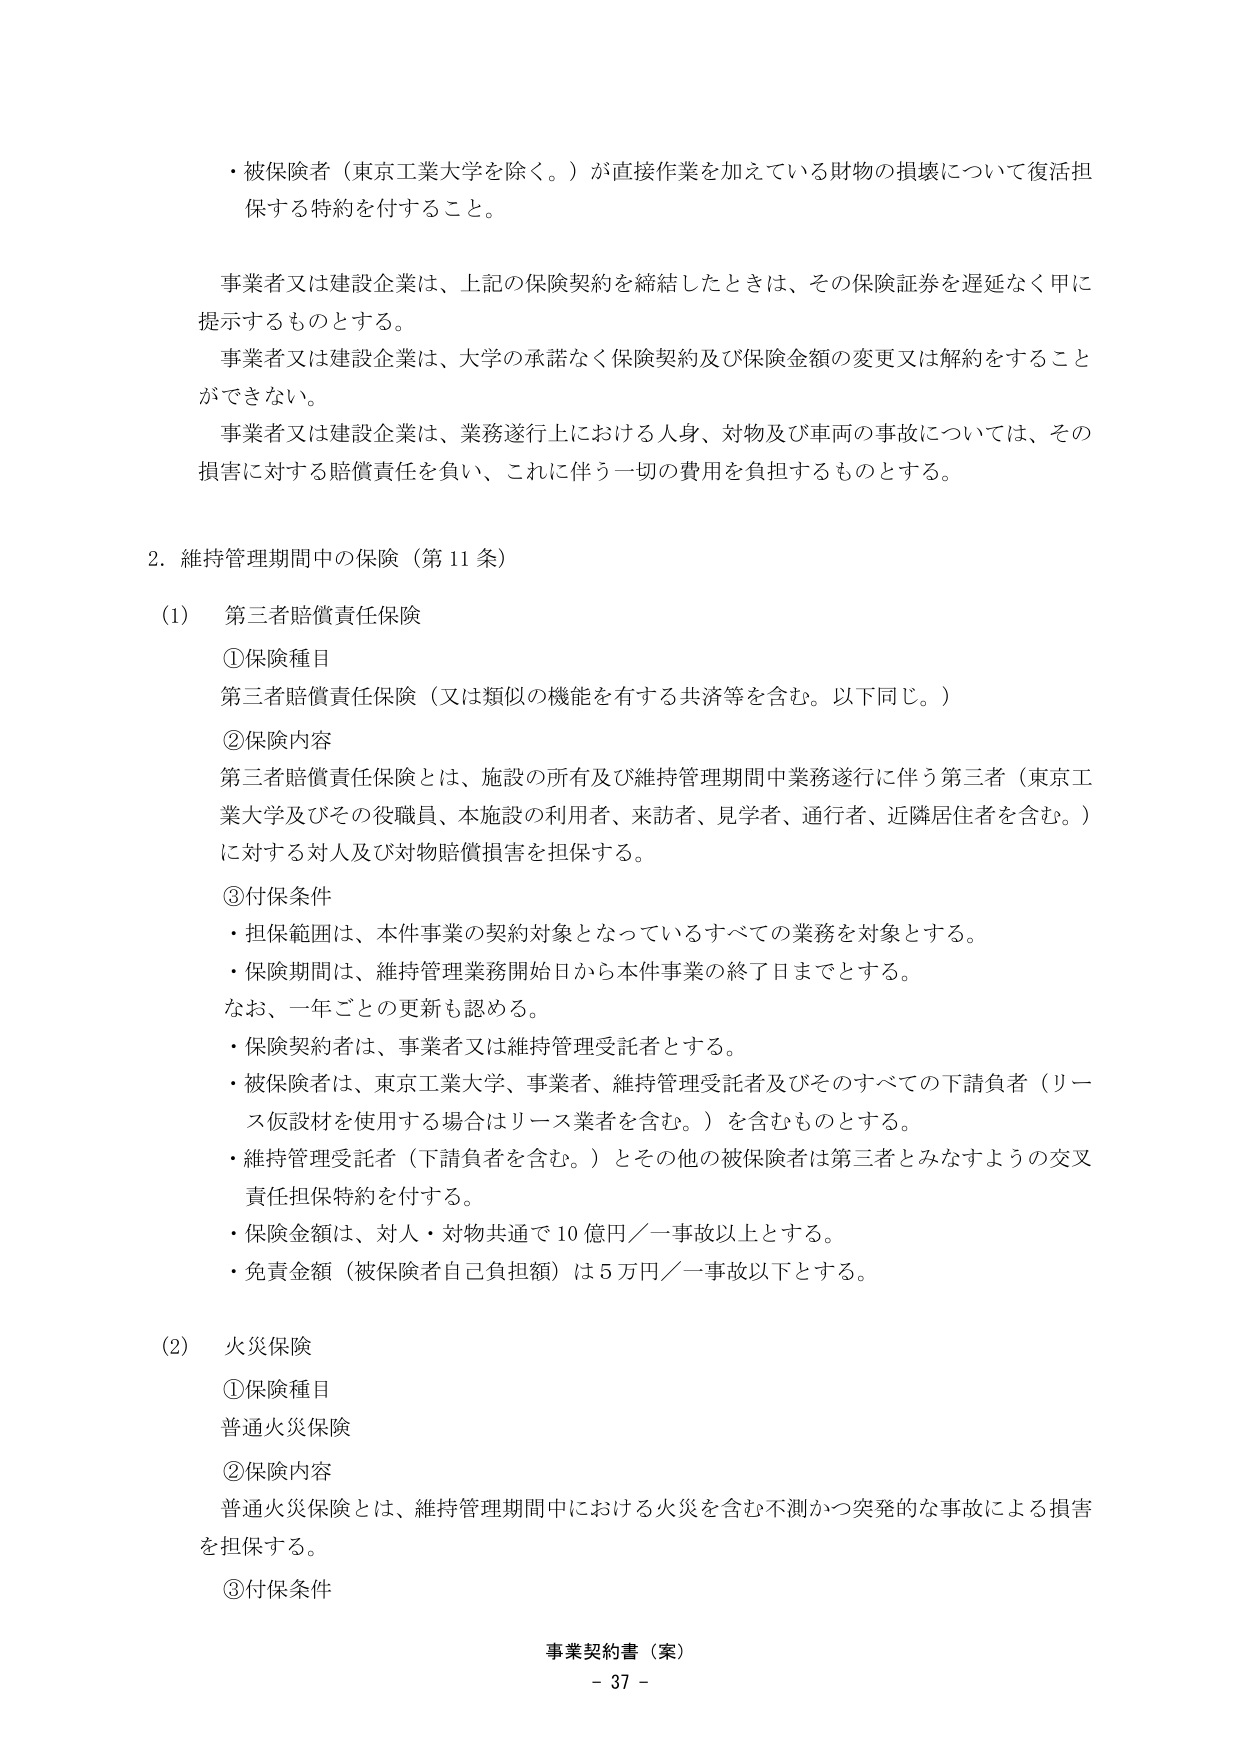
・被保険者（東京工業大学を除く。）が直接作業を加えている財物の損壊について復活担保する特約を付すること。

事業者又は建設企業は、上記の保険契約を締結したときは、その保険証券を遅延なく甲に提示するものとする。

事業者又は建設企業は、大学の承諾なく保険契約及び保険金額の変更又は解約をすることができない。

事業者又は建設企業は、業務遂行上における人身、対物及び車両の事故については、その損害に対する賠償責任を負い、これに伴う一切の費用を負担するものとする。

2．維持管理期間中の保険（第11条）

(1) 第三者賠償責任保険

①保険種目
第三者賠償責任保険（又は類似の機能を有する共済等を含む。以下同じ。）

②保険内容
第三者賠償責任保険とは、施設の所有及び維持管理期間中業務遂行に伴う第三者（東京工業大学及びその役職員、本施設の利用者、来訪者、見学者、通行者、近隣居住者を含む。）に対する対人及び対物賠償損害を担保する。

③付保条件
・担保範囲は、本件事業の契約対象となっているすべての業務を対象とする。
・保険期間は、維持管理業務開始日から本件事業の終了日までとする。
なお、一年ごとの更新も認める。
・保険契約者は、事業者又は維持管理受託者とする。
・被保険者は、東京工業大学、事業者、維持管理受託者及びそのすべての下請負者（リース仮設材を使用する場合はリース業者を含む。）を含むものとする。
・維持管理受託者（下請負者を含む。）とその他の被保険者は第三者とみなすようの交叉責任担保特約を付する。
・保険金額は、対人・対物共通で10億円／一事故以上とする。
・免責金額（被保険者自己負担額）は5万円／一事故以下とする。

(2) 火災保険

①保険種目
普通火災保険

②保険内容
普通火災保険とは、維持管理期間中における火災を含む不測かつ突発的な事故による損害を担保する。

③付保条件

事業契約書（案）
- 37 -